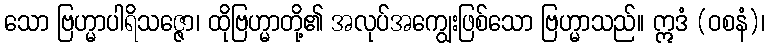
သော ဗြဟ္မာပါရိသဇ္ဇော၊ ထိုဗြဟ္မာတို့၏ အလုပ်အကျွေးဖြစ်သော ဗြဟ္မာသည်။ ဣဒံ (ဝစနံ)၊